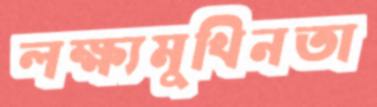
লক্ষ্যমুখিনতা